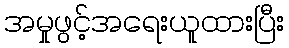
အမှုဖွင့်အရေးယူထားပြီး